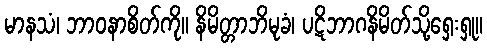
မာနသံ၊ ဘာဝနာစိတ်ကို။ နိမိတ္တာဘိမုခံ၊ ပဋိဘာဂနိမိတ်သို့ရှေးရှု။